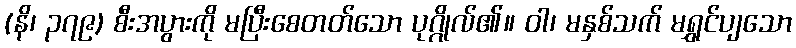
(နိ၊ ၃၇၉) စီးအပွားကို မပြီးစေတတ်သော ပုဂ္ဂိုလ်၏။ ဝါ၊ မနှစ်သက် မရွှင်ပျသော